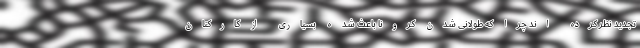
تجدید نظر کرده اند چرا که طولانی شدن کرونا باعث شده بسیاری از کارکنان